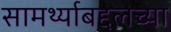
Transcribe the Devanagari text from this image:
सामर्थ्याबद्दलच्या